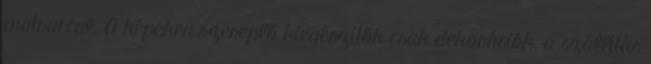
matraccal. A képeken szereplő kiegészítők csak dekorációk, a szállítás